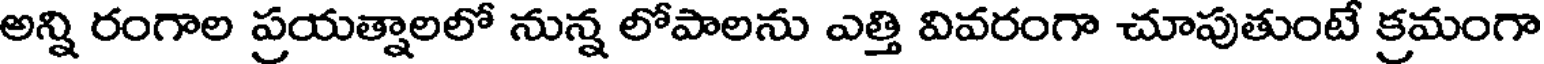
అన్ని రంగాల ప్రయత్నాలలో నున్న లోపాలను ఎత్తి వివరంగా చూపుతుంటే క్రమంగా